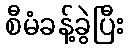
စီမံခန့်ခွဲပြီး